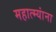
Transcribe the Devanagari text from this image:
महात्म्यांना